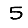
Digit: 5